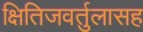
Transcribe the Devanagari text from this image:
क्षितिजवर्तुलासह